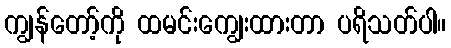
ကျွန်တော့်ကို ထမင်းကျွေးထားတာ ပရိသတ်ပါ။